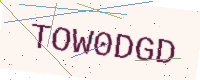
Text: TOW0DGD